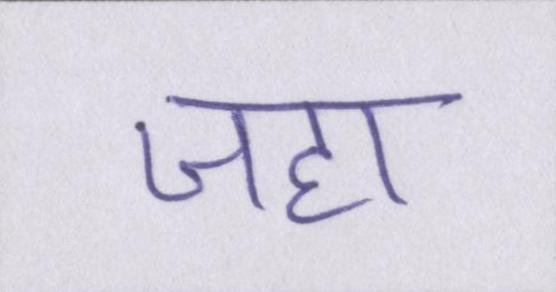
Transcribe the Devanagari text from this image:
जहा